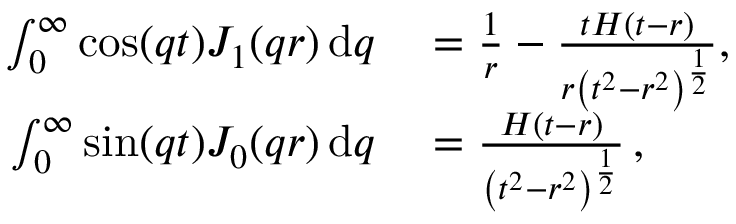
\begin{array} { r l } { \int _ { 0 } ^ { \infty } \cos ( q t ) J _ { 1 } ( q r ) \, \mathrm { d } q } & { { } = \frac { 1 } { r } - \frac { t H ( t - r ) } { r \left( t ^ { 2 } - r ^ { 2 } \right) ^ { \frac { 1 } { 2 } } } , } \\ { \int _ { 0 } ^ { \infty } \sin ( q t ) J _ { 0 } ( q r ) \, \mathrm { d } q } & { { } = \frac { H ( t - r ) } { \left( t ^ { 2 } - r ^ { 2 } \right) ^ { \frac { 1 } { 2 } } } \, , } \end{array}